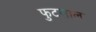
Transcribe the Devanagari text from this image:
फुटसाल